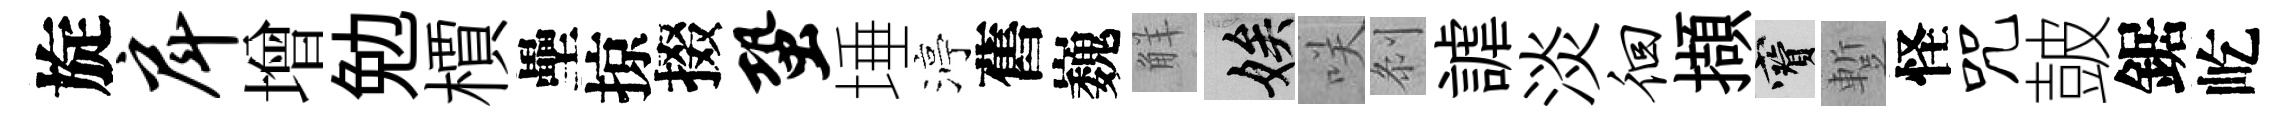
旋戽增勉檟壘掠掇蛩埵渟舊巍觧娭咲𠛴謔淡徊擷寶蹔怪咒皷鋸屹